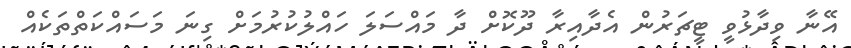
އޭނާ ވިދާޅުވީ ޓީޗަރުން އެދާއިރާ ދޫކޮށް ދާ މައްސަލަ ހައްލުކުރުމަށް ގިނަ މަސައްކަތްތަކެއް